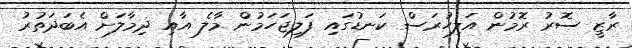
ރާޒީ ސޮރު ރޮމުން އަލިހުރަސް ކަނޑުގައި ފަލިޖަހަމުން މާލެ އާއި ދިމާލަށް އެބަދަތުރު